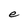
Character: e